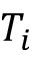
T _ { i }